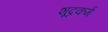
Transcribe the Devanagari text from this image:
शूद्रकर्म